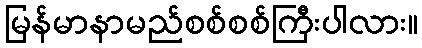
မြန်မာနာမည်စစ်စစ်ကြီးပါလား။